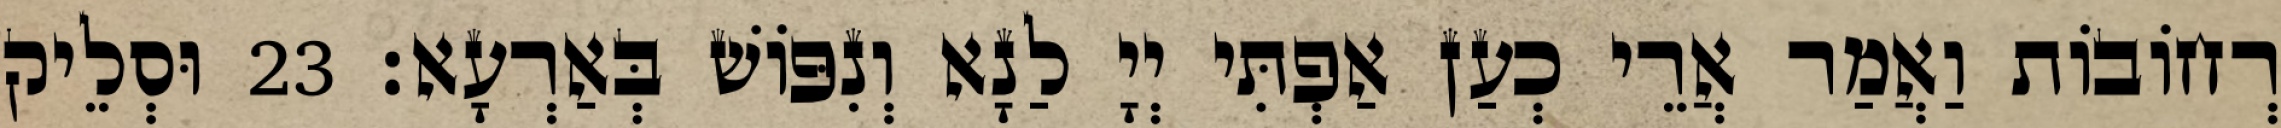
רְחוֹבוֹת וַאֲמַר אֲרֵי כְעַן אַפְתִּי יְיָ לַנָא וְנִפּוֹשׁ בְּאַרְעָא׃ 23 וּסְלֵיק